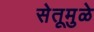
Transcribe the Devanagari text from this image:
सेतूमुळे